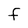
Character: f